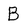
Character: B